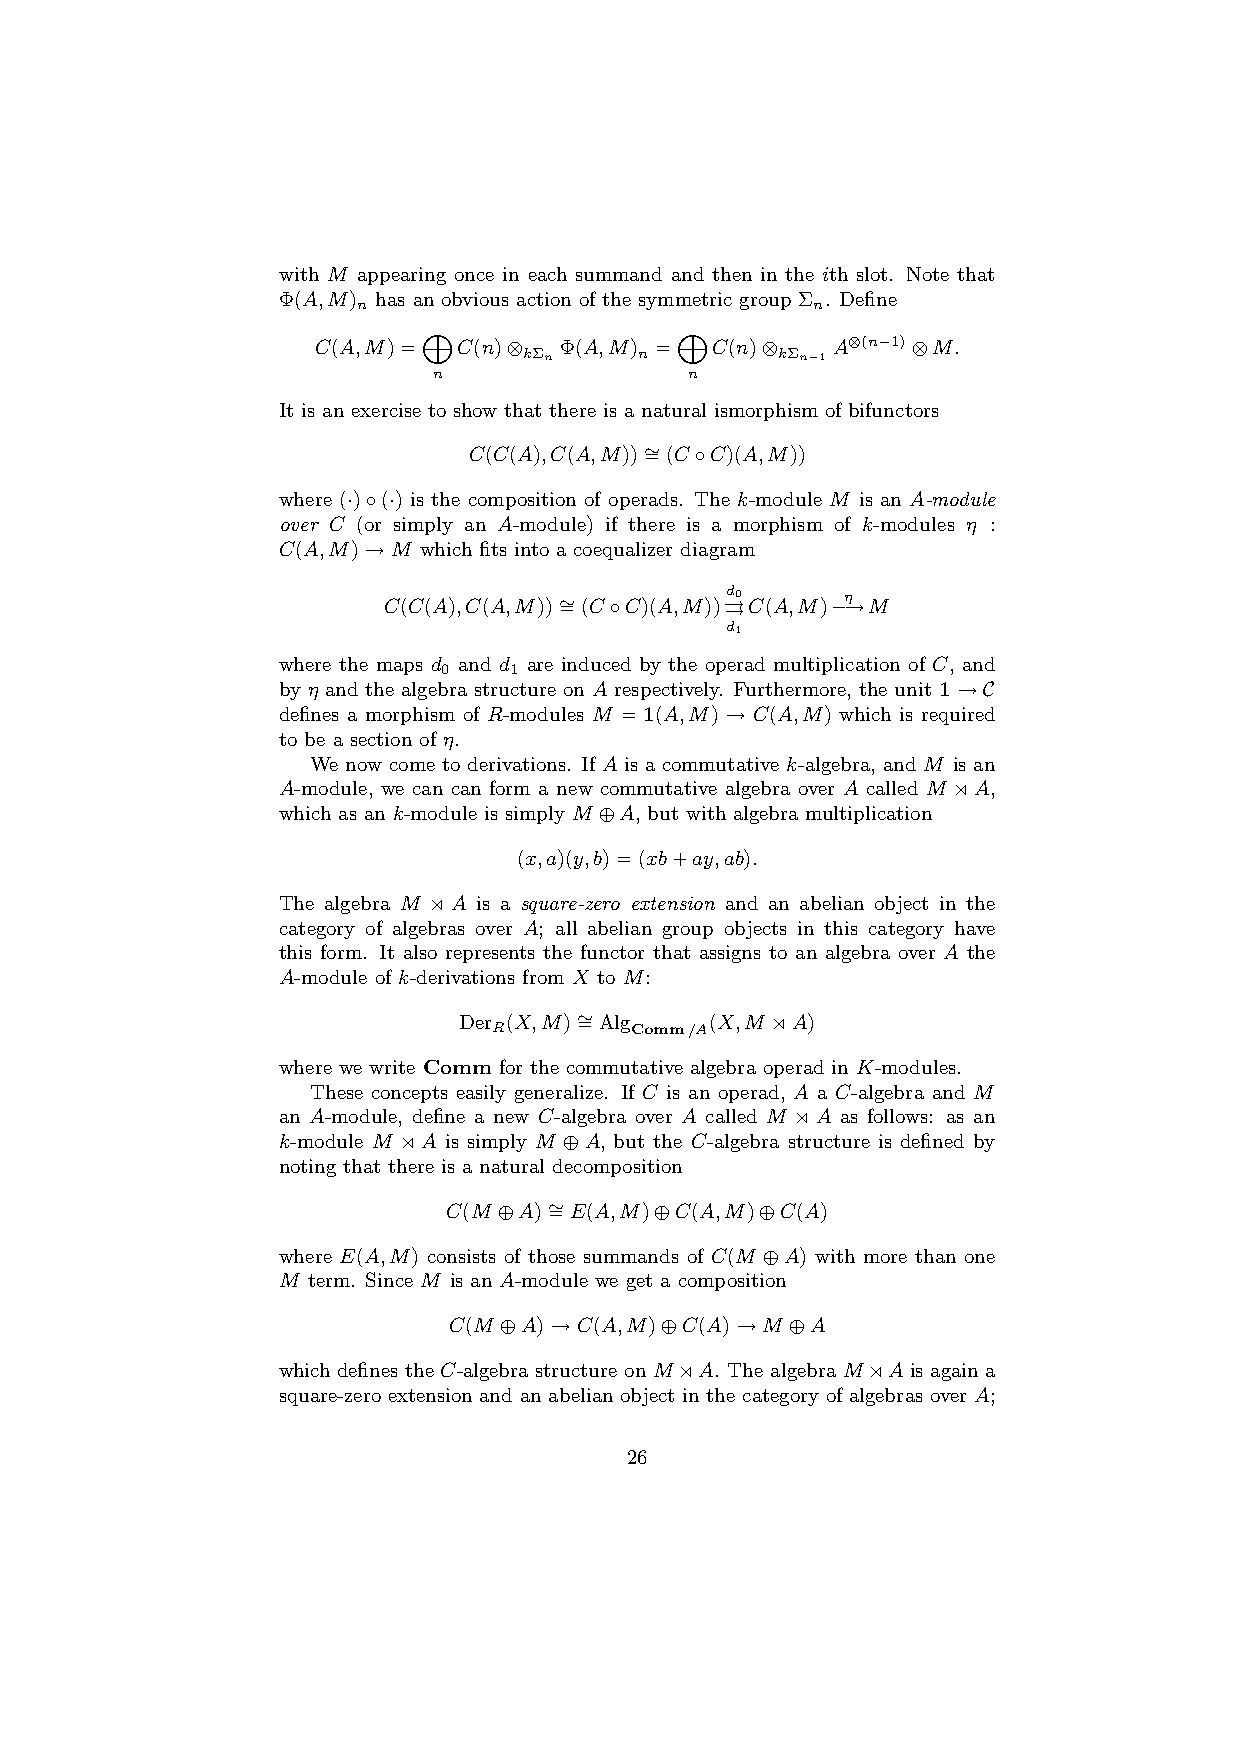
with M appearing once in each summand and then in the ith slot. Note that
 Φ(A,M) has an obvious action of the symmetric group Σ . Define
 n                             n
 M                M
 C(A,M)=  C(n)⊗  Φ(A,M) =  C(n)⊗   A⊗(n−1)⊗M.
 kΣn    n        kΣn−1
 n               n
 It is an exercise to show that there is a natural ismorphism of bifunctors
 C(C(A),C(A,M))∼ =(C◦C)(A,M))
 where (·)◦(·) is the composition of operads. The k-module M is an A-module
 over C (or simply an A-module) if there is a morphism of k-modules η :
 C(A,M)→M  which fits into a coequalizer diagram
 C(C(A),C(A,M))∼ =(C◦C)(A,M))⇒d0 C(A,M)−η →M
 d1
 where the maps d and d are induced by the operad multiplication of C, and
 0    1
 by η and the algebra structure on A respectively. Furthermore, the unit 1→C
 defines a morphism of R-modules M = 1(A,M) → C(A,M) which is required
 to be a section of η.
 We now come to derivations. If A is a commutative k-algebra, and M is an
 A-module, we can can form a new commutative algebra over A called M oA,
 which as an k-module is simply M ⊕A, but with algebra multiplication
 (x,a)(y,b)=(xb+ay,ab).
 The algebra M o A is a square-zero extension and an abelian object in the
 category of algebras over A; all abelian group objects in this category have
 this form. It also represents the functor that assigns to an algebra over A the
 A-module of k-derivations from X to M:
 Der (X,M)∼ =Alg  (X,M oA)
 R        Comm/A
 where we write Comm for the commutative algebra operad in K-modules.
 These concepts easily generalize. If C is an operad, A a C-algebra and M
 an A-module, define a new C-algebra over A called M oA as follows: as an
 k-module M oA is simply M ⊕A, but the C-algebra structure is defined by
 noting that there is a natural decomposition
 C(M ⊕A)∼ =E(A,M)⊕C(A,M)⊕C(A)
 where E(A,M) consists of those summands of C(M ⊕A) with more than one
 M term. Since M is an A-module we get a composition
 C(M ⊕A)→C(A,M)⊕C(A)→M ⊕A
 which defines the C-algebra structure on MoA. The algebra MoA is again a
 square-zero extension and an abelian object in the category of algebras over A;
 26